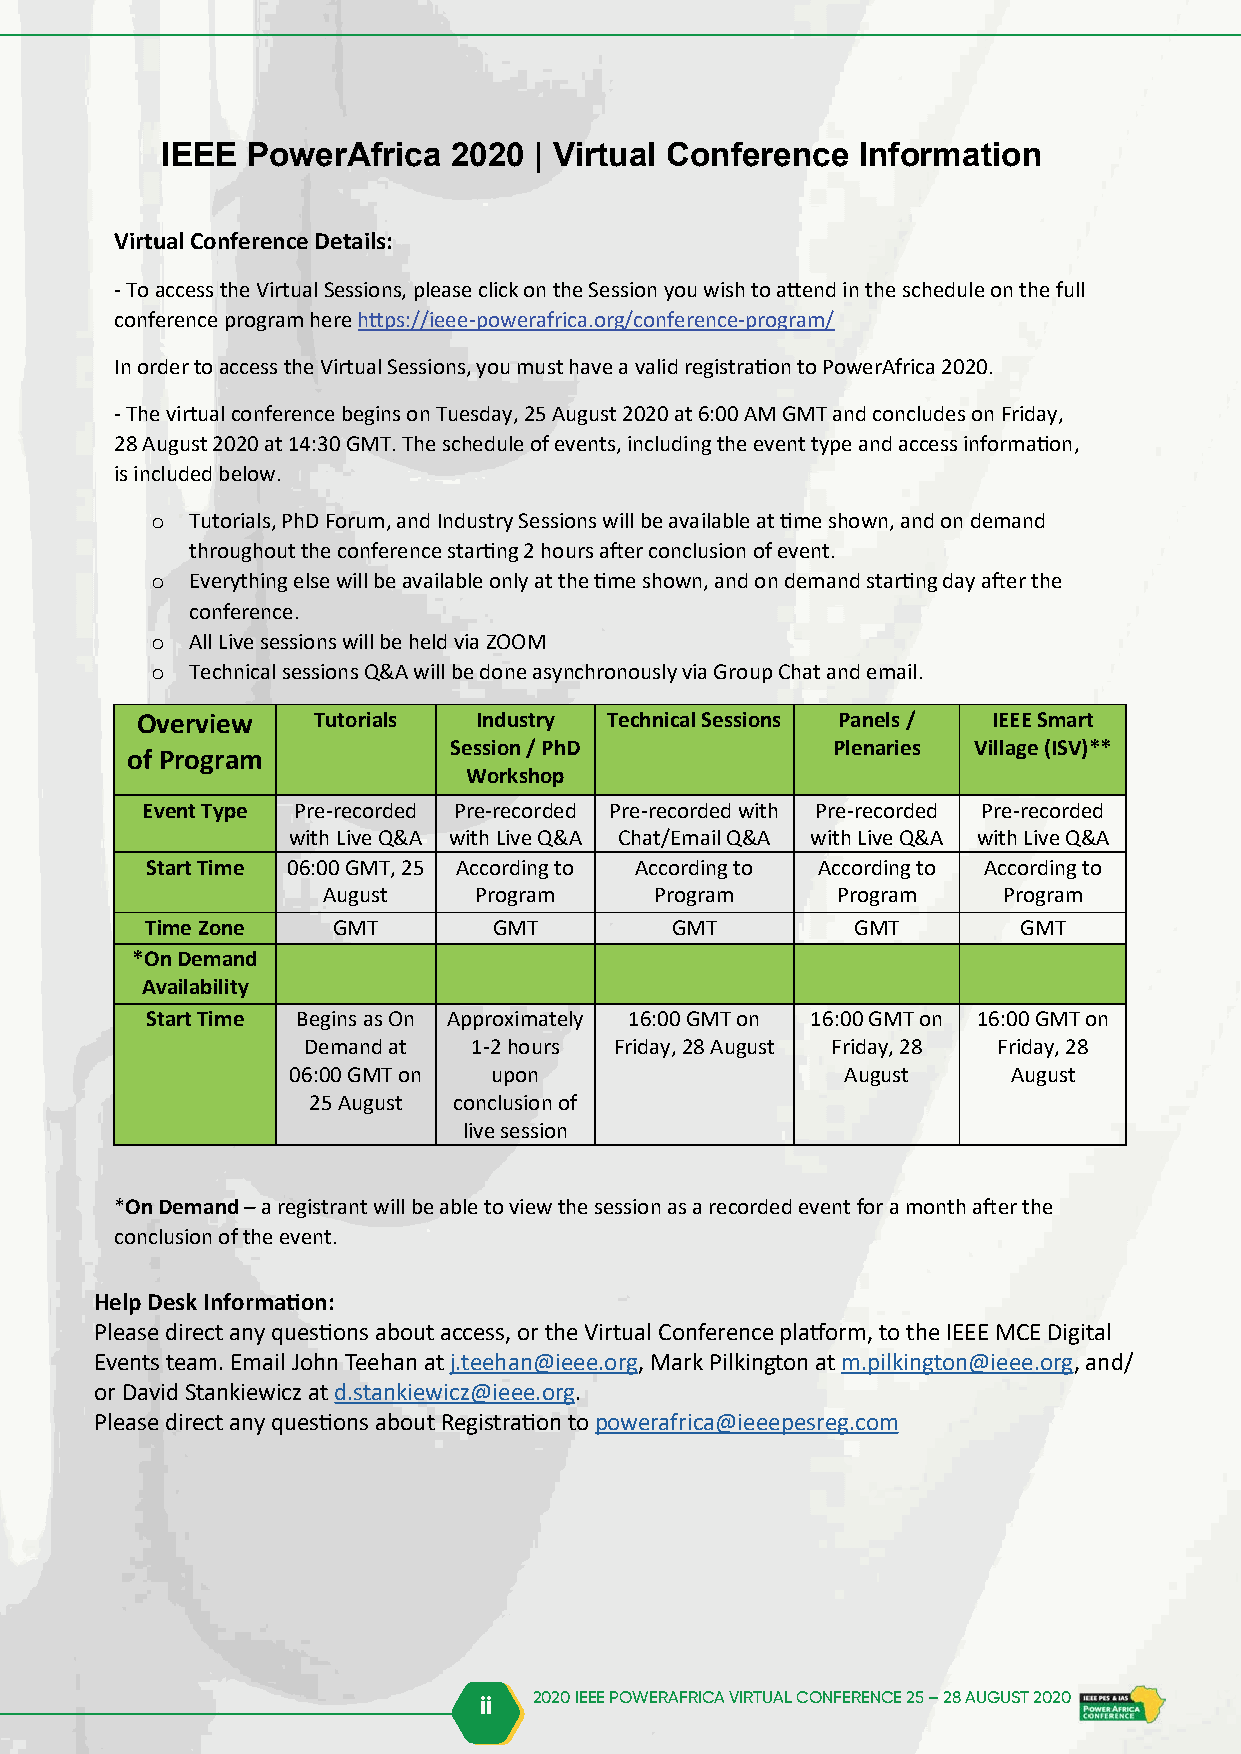
IEEE PowerAfrica   2020 | Virtual Conference  Information
 Virtual Conference Details:
 - To access the Virtual Sessions, please click on the Session you wish to a�end in the schedule on the full
 conference program here h�ps://ieee-powerafrica.org/conference-program/
 In order to access the Virtual Sessions, you must have a valid registra�on to PowerAfrica 2020.
 - The virtual conference begins on Tuesday, 25 August 2020 at 6:00 AM GMT and concludes on Friday,
 28 August 2020 at 14:30 GMT. The schedule of events, including the event type and access informa�on,
 is included below.
 Tutorials, PhD Forum, and Industry Sessions will be available at �me shown, and on demand
 o
 throughout the conference star�ng 2 hours a�er conclusion of event.
 Everything else will be available only at the �me shown, and on demand star�ng day a�er the
 o
 conference.
 All Live sessions will be held via ZOOM
 o
 Technical sessions Q&A will be done asynchronously via Group Chat and email.
 o
 Overview    Tutorials Industry Technical Sessions Panels / IEEE Smart
 Session / PhD            Plenaries Village (ISV)**
 of Program
 Workshop
 Event Type Pre-recorded Pre-recorded Pre-recorded with Pre-recorded Pre-recorded
 with Live Q&A with Live Q&A Chat/Email Q&A with Live Q&A with Live Q&A
 Start Time 06:00 GMT, 25 According to According to According to According to
 August    Program     Program     Program    Program
 Time Zone   GMT        GMT        GMT          GMT        GMT
 *On Demand
 Availability
 Start Time Begins as On Approximately 16:00 GMT on 16:00 GMT on 16:00 GMT on
 Demand at  1-2 hours Friday, 28 August Friday, 28 Friday, 28
 06:00 GMT on upon                    August     August
 25 August conclusion of
 live session
 *On Demand – a registrant will be able to view the session as a recorded event for a month a�er the
 conclusion of the event.
 Help Desk Information:
 Please direct any questions about access, or the Virtual Conference platform, to the IEEE MCE Digital
 Events team. Email John Teehan at j.teehan@ieee.org, Mark Pilkington at m.pilkington@ieee.org, and/
 or David Stankiewicz at d.stankiewicz@ieee.org.
 Please direct any questions about Registration to powerafrica@ieeepesreg.com
 ii 2020 IEEE POWERAFRICA VIRTUAL CONFERENCE 25 – 28 AUGUST 2020